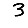
Digit: 3